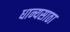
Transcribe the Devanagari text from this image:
धान्यसाठा